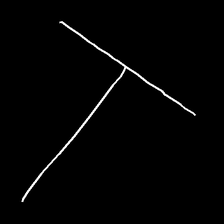
Glyph: column